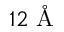
1 2 \mathrm { ~ \AA ~ }